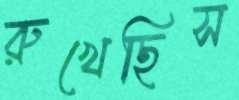
রুখেছিস